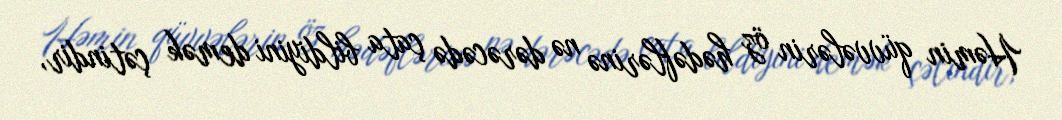
Həmin qüvvələrin öz hədəflərinə nə dərəcədə çata bildiyini demək çətindir,